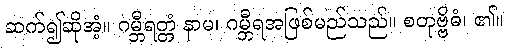
ဆက်၍ဆိုအံ့။ ဂမ္ဘီရတ္တံ နာမ၊ ဂမ္ဘီရအဖြစ်မည်သည်။ စတုဗ္ဗိဓံ၊ ၏။